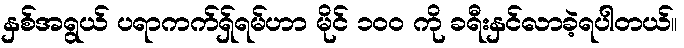
နှစ်အရွယ် ပရာကက်ရှ်ရမ်ဟာ မိုင် ၁၀၀ ကို ခရီးနှင်လာခဲ့ရပါတယ်။